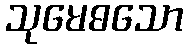
သုမေဓသော